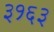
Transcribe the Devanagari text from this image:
३१६३